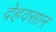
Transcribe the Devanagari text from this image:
देहवसान